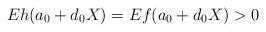
LaTeX: \begin{align*} Eh(a_0+d_0X)=Ef(a_0+d_0X)>0\end{align*}